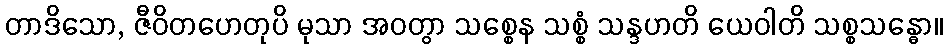
တာဒိသော, ဇီဝိတဟေတုပိ မုသာ အဝတွာ သစ္စေန သစ္စံ သန္ဒဟတိ ယေဝါတိ သစ္စသန္ဓော။